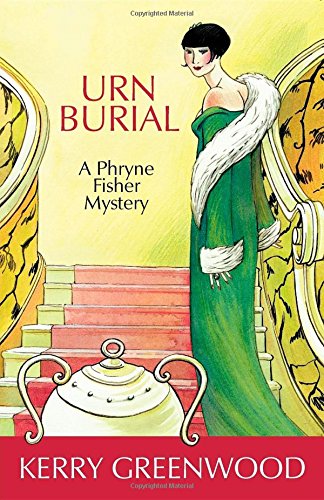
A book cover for Urn Burial: A Phryne Fisher Mystery (Phryne Fisher Mysteries); Kerry Greenwood; Mystery, Thriller & Suspense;